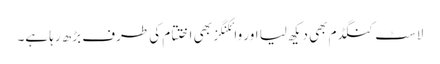
لاسٹ کنگڈم بھی دیکھ لیا اور وائکنگز بھی اختتام کی طرف بڑھ رہا ہے۔